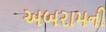
અબરામની